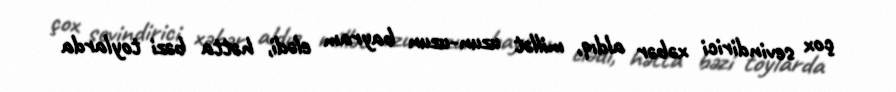
çox sevindirici xəbər aldıq, millət uzun-uzun bayram elədi, hətta bəzi toylarda